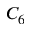
C _ { 6 }